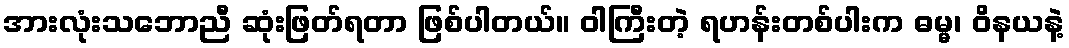
အားလုံးသဘောညီ ဆုံးဖြတ်ရတာ ဖြစ်ပါတယ်။ ဝါကြီးတဲ့ ရဟန်းတစ်ပါးက ဓမ္မ၊ ဝိနယနဲ့